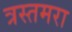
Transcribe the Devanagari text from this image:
त्रस्तमरा